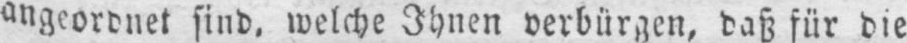
angeordnet sind, welche Ihnen verbürgen, daß für die